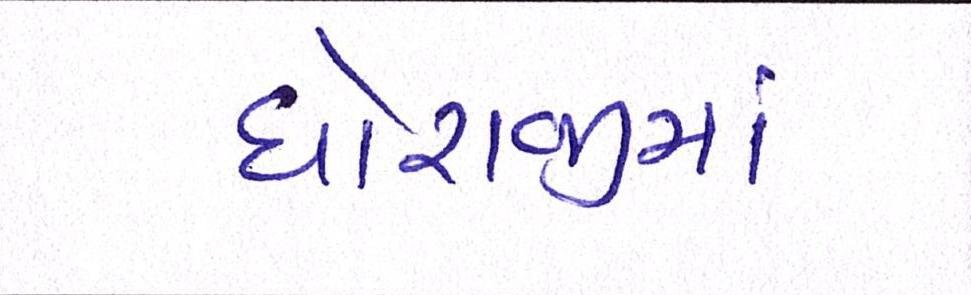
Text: ધોરાજીમાં